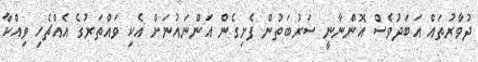
ދުވާރުތައް އަބަދުވެސް އޮންނާނީ ސަރުބަތުން ފެށިގެން އަންނައުނަށް އެކި ވައްތަރުގެ އެއްޗެހި ވިއްކާ